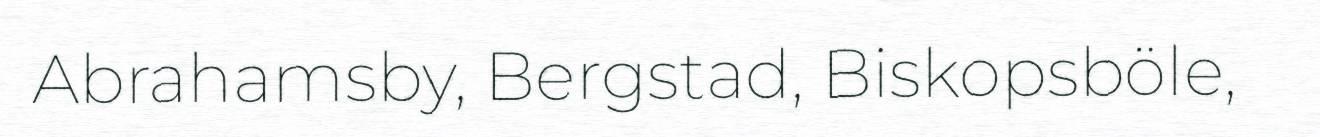
Abrahamsby, Bergstad, Biskopsböle,